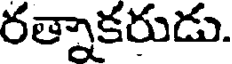
రత్నాకరుడు.